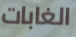
الغابات